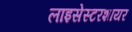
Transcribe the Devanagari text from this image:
लाइसेस्टरशायर